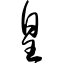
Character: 皇